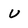
Character: U